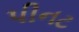
પીનટ